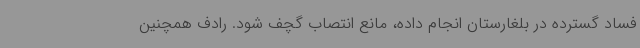
فساد گسترده در بلغارستان انجام داده، مانع انتصاب گچف شود. رادف همچنین